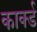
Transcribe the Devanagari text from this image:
कार्क्ड